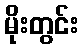
မိုးတွင်း